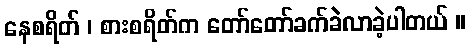
နေစရိတ် ၊ စားစရိတ်က တော်တော်ခက်ခဲလာခဲ့ပါတယ် ။